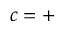
c = +